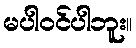
မပါဝင်ပါဘူး။